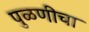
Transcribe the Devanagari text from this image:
पुळणीचा